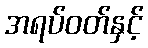
အရပ်ဝတ်နှင့်